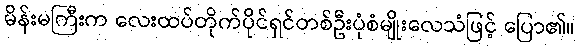
မိန်းမကြီးက လေးထပ်တိုက်ပိုင်ရှင်တစ်ဦးပုံစံမျိုးလေသံဖြင့် ပြော၏။